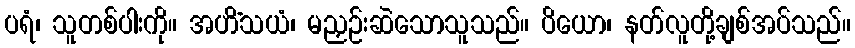
ပရံ၊ သူတစ်ပါးကို။ အဟိံသယံ၊ မညှဉ်းဆဲသောသူသည်။ ပိယော၊ နတ်လူတို့ချစ်အပ်သည်။